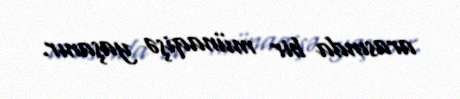
arasında bir münaqişə yaşanır.